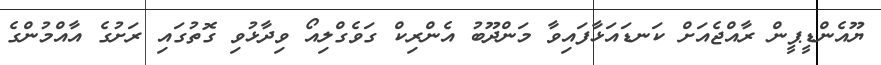
ޔޫއެންޑީޕީން ރާއްޖެއަށް ކަނޑައަޅާފައިވާ މަންދޫބު އެންރިކް ގަވެގްލިއޯ ވިދާޅުވި ގޮތުގައި ރަށުގެ އާއްމުންގެ